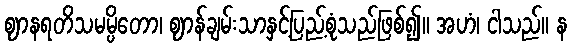
ဈာနရတိသမမ္ပိတော၊ ဈာန်ချမ်းသာနှင့်ပြည့်စုံသည်ဖြစ်၍။ အဟံ၊ ငါသည်။ န